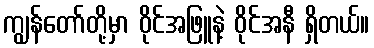
ကျွန်တော်တို့မှာ ဝိုင်အဖြူနဲ့ ဝိုင်အနီ ရှိတယ်။